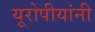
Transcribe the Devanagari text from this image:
यूरोपीयांनी